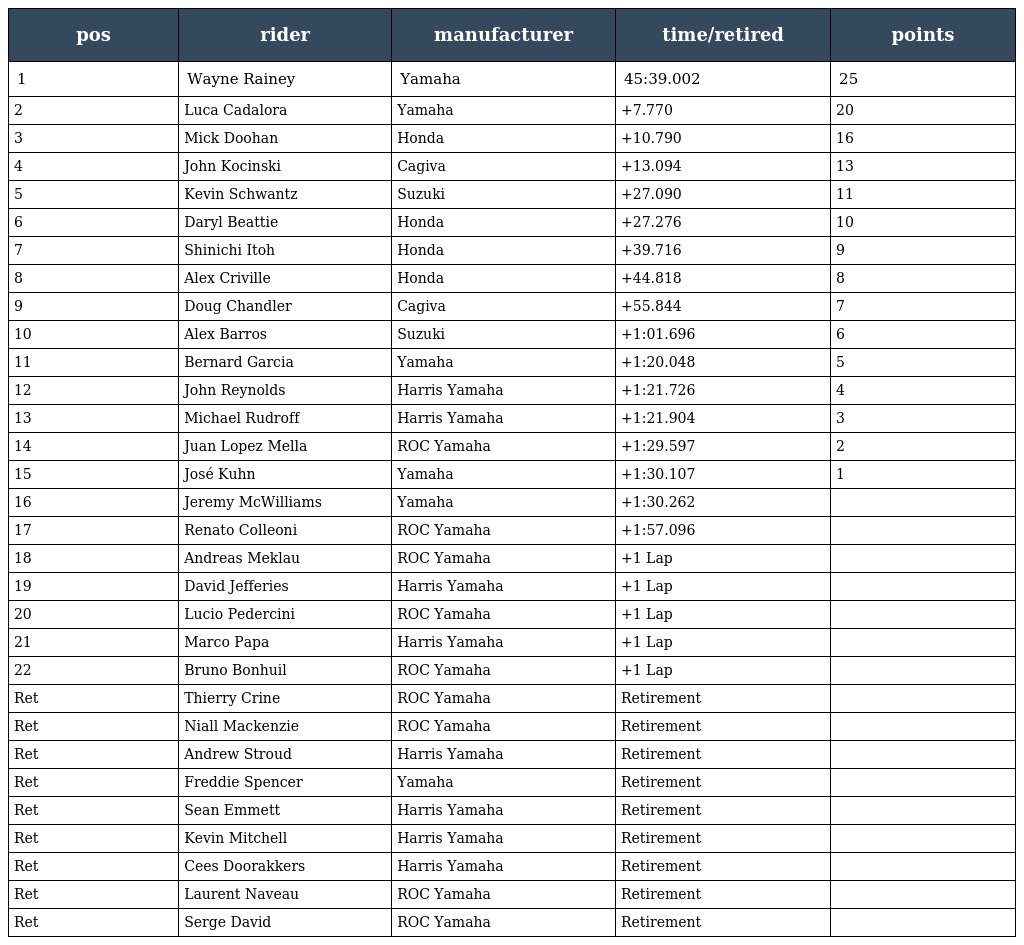
| pos | rider | manufacturer | time/retired | points |
 | --- | --- | --- | --- | --- |
 | 1 | Wayne Rainey | Yamaha | 45:39.002 | 25 |
 | 2 | Luca Cadalora | Yamaha | +7.770 | 20 |
 | 3 | Mick Doohan | Honda | +10.790 | 16 |
 | 4 | John Kocinski | Cagiva | +13.094 | 13 |
 | 5 | Kevin Schwantz | Suzuki | +27.090 | 11 |
 | 6 | Daryl Beattie | Honda | +27.276 | 10 |
 | 7 | Shinichi Itoh | Honda | +39.716 | 9 |
 | 8 | Alex Criville | Honda | +44.818 | 8 |
 | 9 | Doug Chandler | Cagiva | +55.844 | 7 |
 | 10 | Alex Barros | Suzuki | +1:01.696 | 6 |
 | 11 | Bernard Garcia | Yamaha | +1:20.048 | 5 |
 | 12 | John Reynolds | Harris Yamaha | +1:21.726 | 4 |
 | 13 | Michael Rudroff | Harris Yamaha | +1:21.904 | 3 |
 | 14 | Juan Lopez Mella | ROC Yamaha | +1:29.597 | 2 |
 | 15 | José Kuhn | Yamaha | +1:30.107 | 1 |
 | 16 | Jeremy McWilliams | Yamaha | +1:30.262 |  |
 | 17 | Renato Colleoni | ROC Yamaha | +1:57.096 |  |
 | 18 | Andreas Meklau | ROC Yamaha | +1 Lap |  |
 | 19 | David Jefferies | Harris Yamaha | +1 Lap |  |
 | 20 | Lucio Pedercini | ROC Yamaha | +1 Lap |  |
 | 21 | Marco Papa | Harris Yamaha | +1 Lap |  |
 | 22 | Bruno Bonhuil | ROC Yamaha | +1 Lap |  |
 | Ret | Thierry Crine | ROC Yamaha | Retirement |  |
 | Ret | Niall Mackenzie | ROC Yamaha | Retirement |  |
 | Ret | Andrew Stroud | Harris Yamaha | Retirement |  |
 | Ret | Freddie Spencer | Yamaha | Retirement |  |
 | Ret | Sean Emmett | Harris Yamaha | Retirement |  |
 | Ret | Kevin Mitchell | Harris Yamaha | Retirement |  |
 | Ret | Cees Doorakkers | Harris Yamaha | Retirement |  |
 | Ret | Laurent Naveau | ROC Yamaha | Retirement |  |
 | Ret | Serge David | ROC Yamaha | Retirement |  |